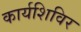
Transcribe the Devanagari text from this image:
कार्यशिविर